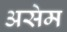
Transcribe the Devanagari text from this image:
असेम